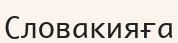
Словакияға